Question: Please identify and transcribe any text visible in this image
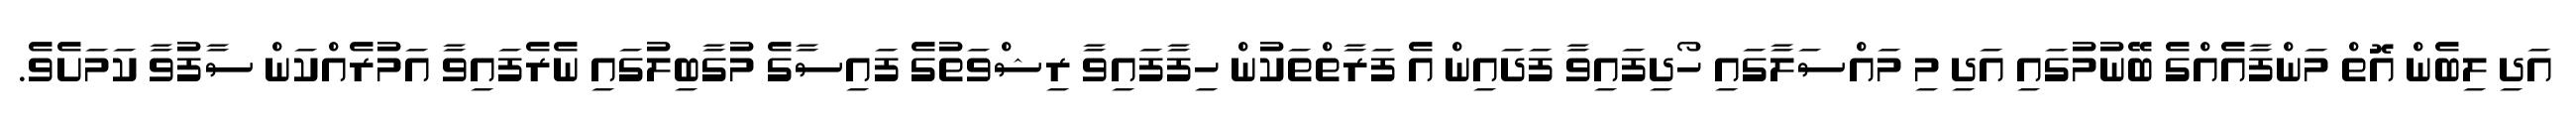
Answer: އަދި ލިބެން އޮތް މަންފާއެއްގެ ބޭނުމުގައި އަދި މި މައްސަލާގައި ހޯދިފައިވާ ފަދައިން އެ ފަރާތްތަކުން ހިފާފައިވާ ރިޝްވަތުގެ ފައިސާގެ މުގާބިލުގައި ނެރެފައިވާ އަމުރެއްކަން ސާފުވާ ކަމަށެވެ.